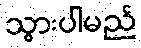
သွားပါမည်